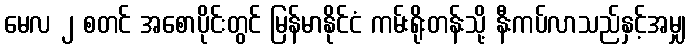
မေလ ၂ စတင် အစောပိုင်းတွင် မြန်မာနိုင်ငံ ကမ်းရိုးတန်းသို့ နီးကပ်လာသည်နှင့်အမျှ